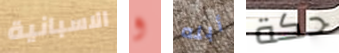
الاسبانية و أبله حكة